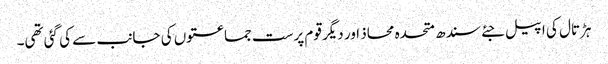
ہڑتال کی اپیل جئے سندھ متحدہ محاذ اور دیگر قوم پرست جماعتوں کی جانب سے کی گئی تھی۔